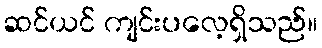
ဆင်ယင် ကျင်းပလေ့ရှိသည်။